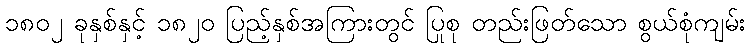
၁၈၀၂ ခုနှစ်နှင့် ၁၈၂၀ ပြည့်နှစ်အကြားတွင် ပြုစု တည်းဖြတ်သော စွယ်စုံကျမ်း